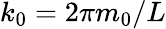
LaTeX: k_{0}=2\pi m_{0}/L